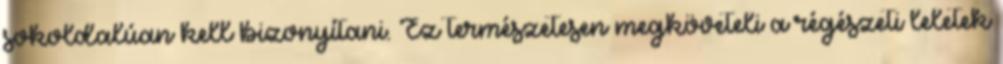
sokoldalúan kell bizonyítani. Ez természetesen megköveteli a régészeti leletek